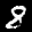
Label: 8